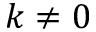
k \neq 0